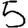
Digit: 5